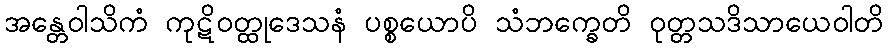
အန္တေဝါသိကံ ကုဋိဝတ္ထုဒေသနံ ပစ္စယောပိ သံဘက္ခေတိ ဝုတ္တသဒိသာယေဝါတိ